Mental hospitals Bombay report 1929-33 - 1929-1933
Year: 1929
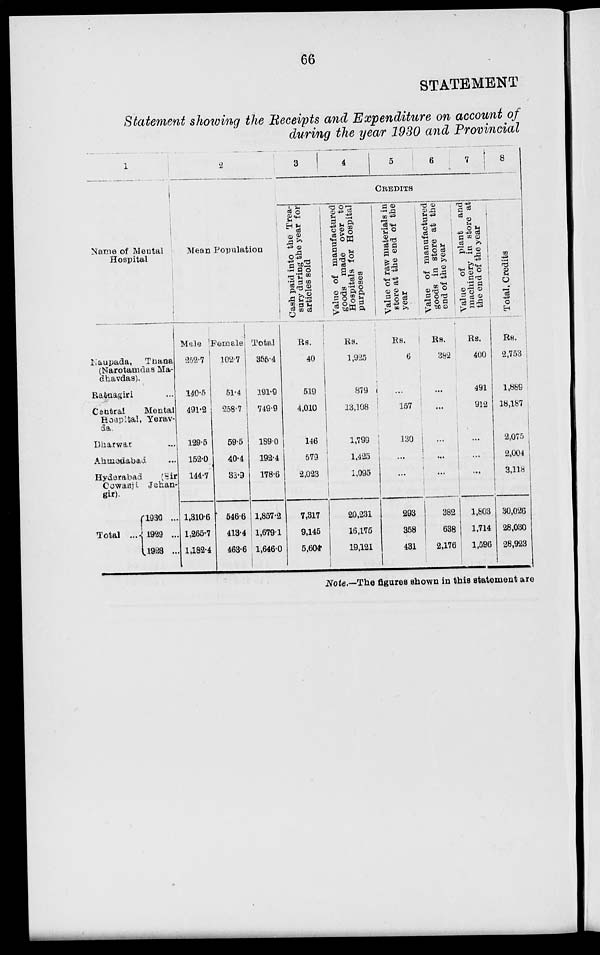
66
STATEMENT
Statement showing the Receipts and Expenditure on account of
during the year 1930 and Provincial
1
Name of Mental
Hospital
Naupada,
Thana
(Narotamdas Ma-
dhavdas).
Ratnagiri ...
Central
Mental
Hoapital, Yerav-
da.
Dharwar ...
Ahmedabad ...
Hyderabad
(Sir
Cowasji
Jehan-
gir).
Total ...
1930 ...
1929 ...
1928 ...
2
3
4
5
6
7
8
CREDITS
Mean Population
Male
252.7
140.5
491.2
129.5
152.0
144.7
1,310.6
1,265.7
1,182.4
Female
102.7
51.4
258.7
59.5
40.4
33.9
546.6
413.4
463.6
Total
355.4
191.9
749.9
189.0
192.4
178.6
1,857.2
1,679.1
1,646.0
Cash paid into the Trea-
sury during the year for
articles sold
Rs.
40
519
4,010
146
579
2,023
7,317
9,145
5,604
Value of manufactured
goods made over to
Hospitals for Hospital
purposes
Rs.
1,925
879
13,108
1,799
1,425
1,095
20,231
16,175
19,121
Value of raw materials in
store at the end of the
year
Rs.
6
...
157
130
...
...
293
358
431
Value of manufactured
goods in store at the
end of the year
Rs.
382
...
...
...
...
...
382
638
2,176
Value of
plant and
machinery in store at
the end of the year
Rs.
400
491
912
...
...
...
1,803
1,714
1,596
Total, Credits
Rs.
2,753
1,889
18,187
2,075
2,004
3,118
30,026
28,030
26,923
Note.—The figures shown in this statement are